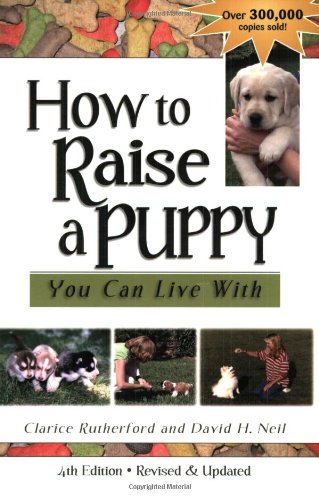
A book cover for How to Raise a Puppy You Can Live With; Clarice Rutherford; Crafts, Hobbies & Home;